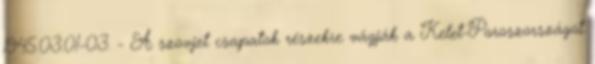
1945.03.01-03. - A szovjet csapatok részekre vágják a Kelet-Poroszországot